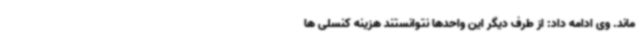
ماند. وی ادامه داد: از طرف دیگر این واحدها نتوانستند هزینه کنسلی ها